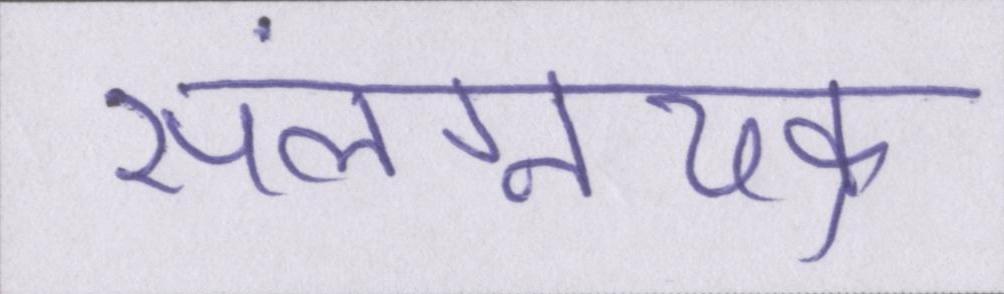
संलग्नचक्र